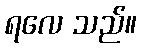
ရလေ သည်။